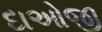
દાઓજી